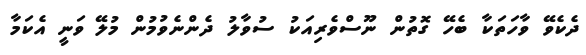
ދެކެވޭ ވާހަތަކާ ބެހޭ ގޮތުން ނޫސްވެރިއަކު ސުވާލު ދެންނެވުމުން މުލޭ ވަނީ އެކަމާ